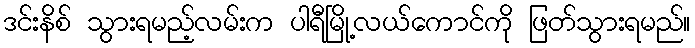
ဒင်းနိစ် သွားရမည့်လမ်းက ပါရီမြို့လယ်ကောင်ကို ဖြတ်သွားရမည်။